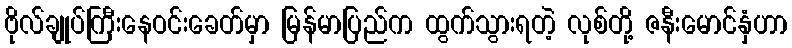
ဗိုလ်ချုပ်ကြီးနေဝင်းခေတ်မှာ မြန်မာပြည်က ထွက်သွားရတဲ့ လုစ်တို့ ဇနီးမောင်နှံဟာ